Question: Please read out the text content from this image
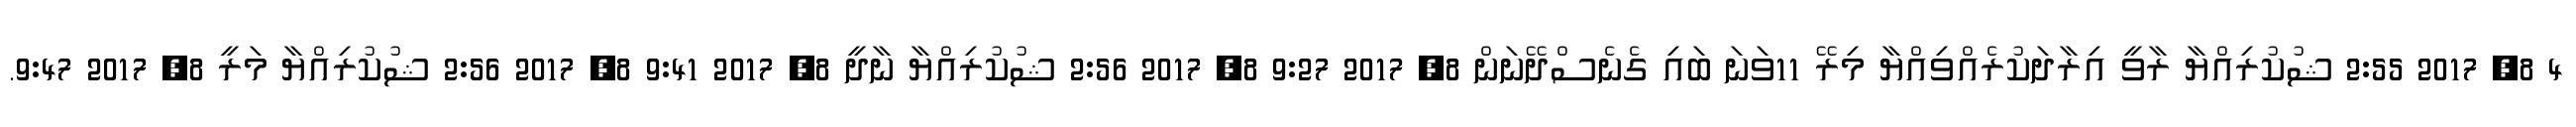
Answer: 4 8, 2017 2:55 ޝުކުރިއްޔާ ރާވީ އިރާދަކުރެއްވިއްޔާ މިރޭ 11ވަނަ ބައި ގެނެސްދޭނަން 8, 2017 9:27 8, 2017 2:56 ޝުކުރިއްޔާ ނާދީ 8, 2017 9:41 8, 2017 2:56 ޝުކުރިއްޔާ މަރީ 8, 2017 9:47.